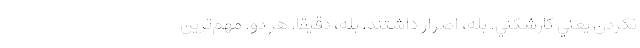
نكردن يعني كارشكني. بله، اصرار داشتند. بله، دقيقا. هر دو. مهم‌ترين